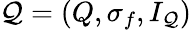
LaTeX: {\mathcal{Q}}=(Q,\sigma_{f},I_{\mathcal{Q}})